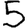
Digit: 5